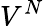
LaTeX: V^{N}